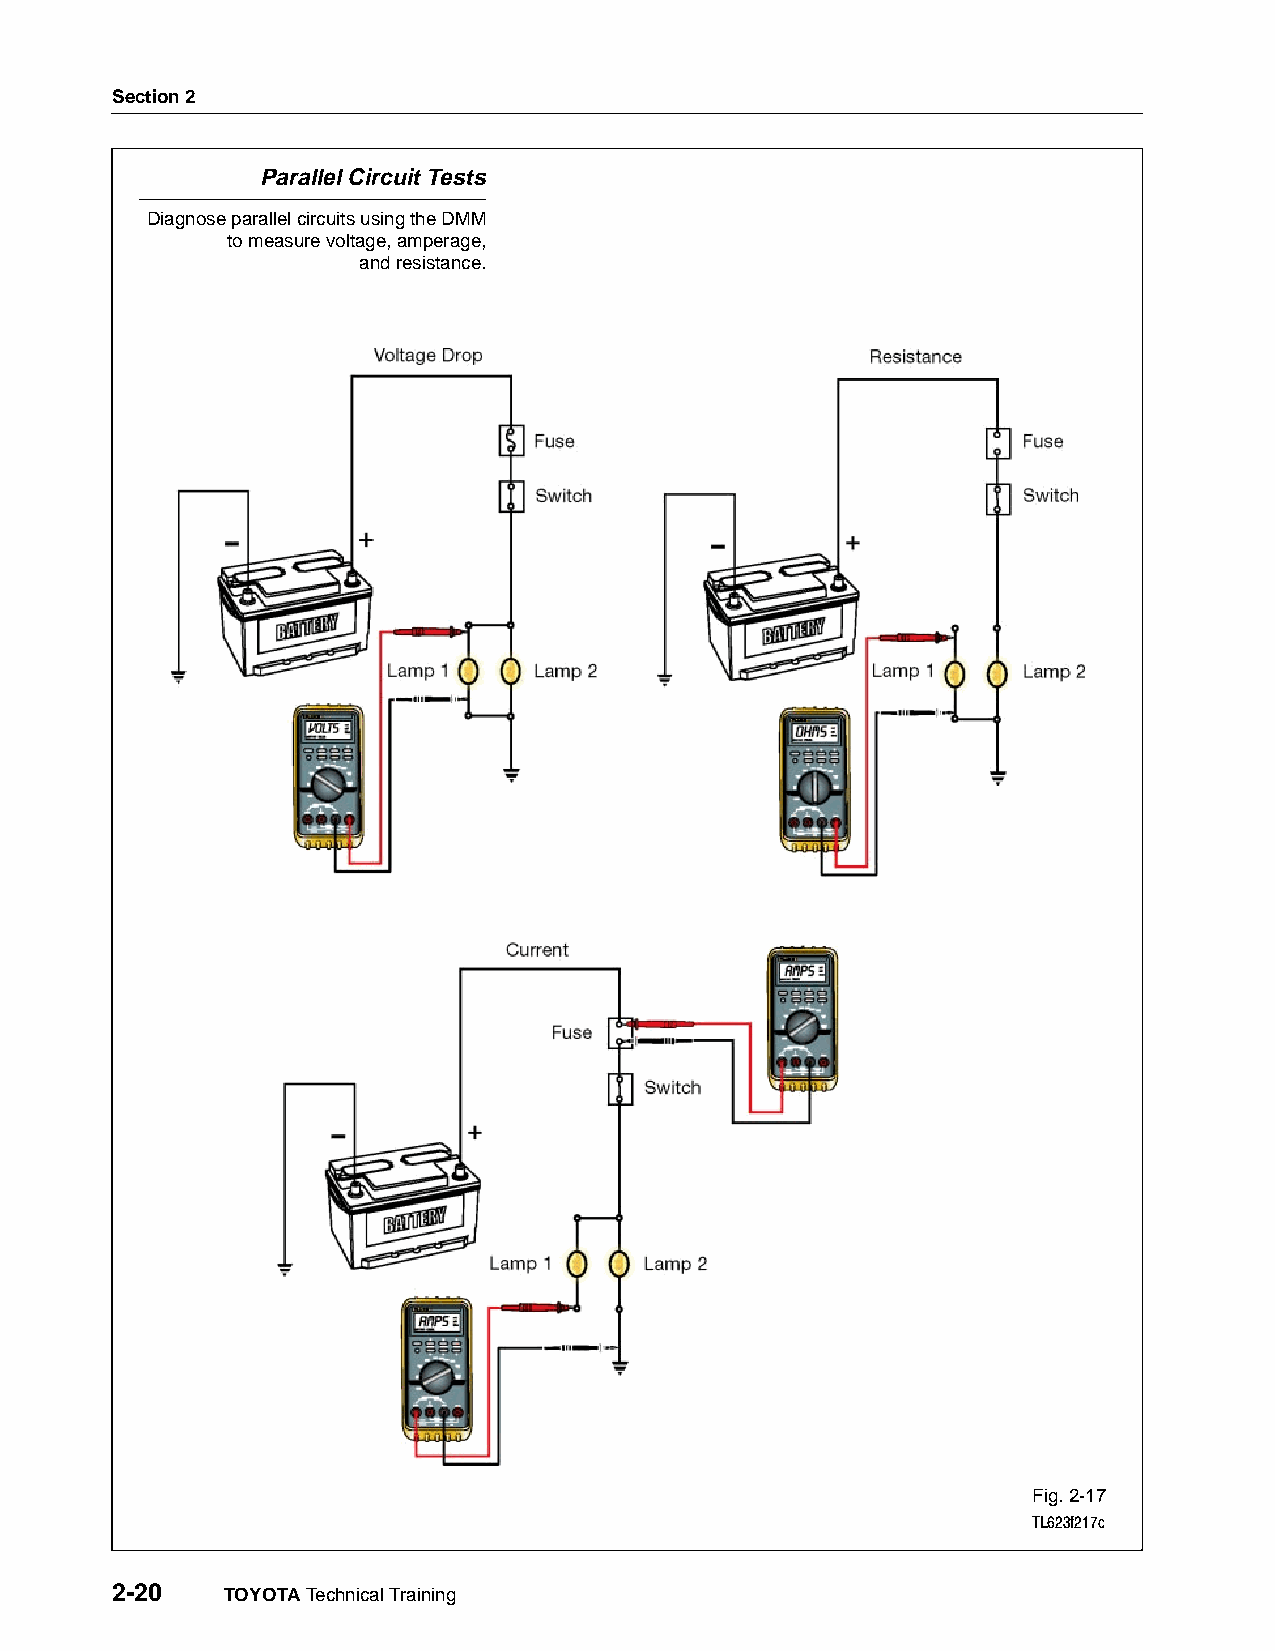
Section 2
 Parallel Circuit Tests
 Diagnose parallel circuits using the DMM
 to measure voltage, amperage,
 and resistance.
 Fig. 2-17
 TL623f217c
 2-20    TOYOTA Technical Training